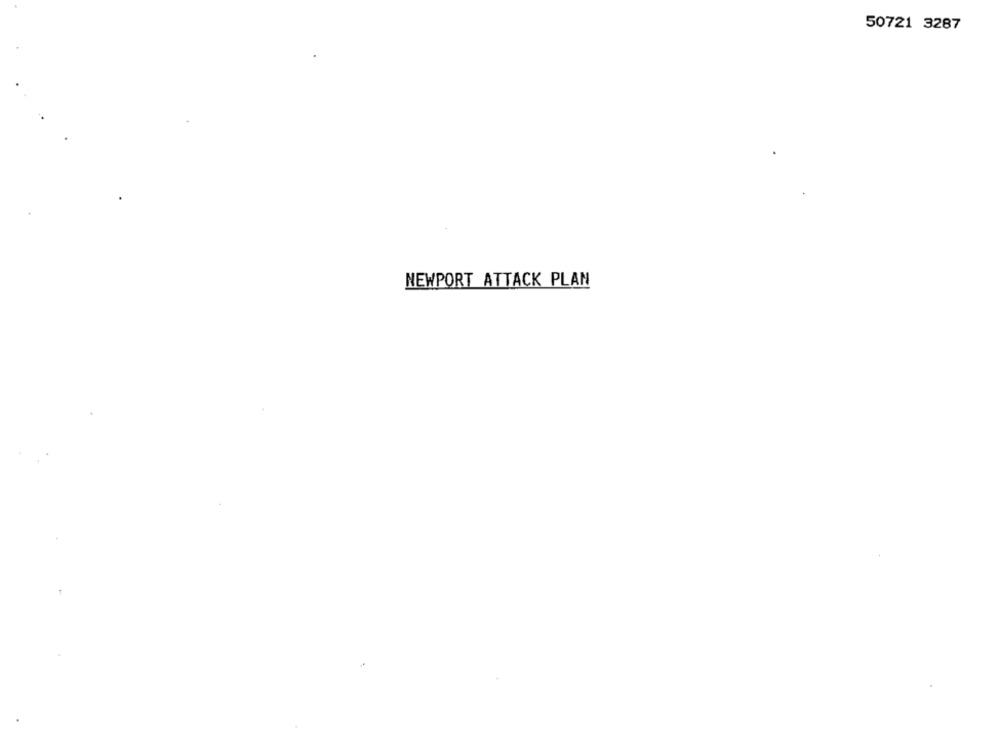
50721 3287
NEWPORT ATTACK PLAN